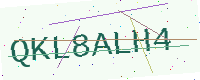
Text: QKL8ALH4